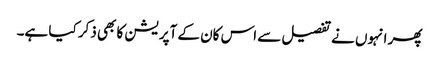
پھر انہوں نے تفصیل سے اس کان کے آپریشن کا بھی ذکر کیا ہے۔